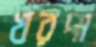
খরপা